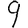
Digit: 9